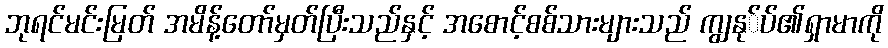
ဘုရင်မင်းမြတ် အမိန့်တော်မှတ်ပြီးသည်နှင့် အစောင့်စစ်သားများသည် ကျွနု်ပ်၏ရှာမာကို